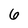
Character: 6